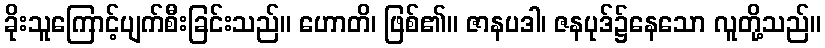
ခိုးသူကြောင့်ပျက်စီးခြင်းသည်။ ဟောတိ၊ ဖြစ်၏။ ဇာနပဒါ၊ ဇနပုဒ်၌နေသော လူတို့သည်။